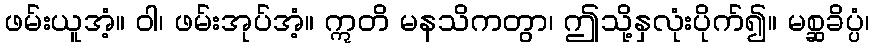
ဖမ်းယူအံ့။ ဝါ၊ ဖမ်းအုပ်အံ့။ ဣတိ မနသိကတွာ၊ ဤသို့နှလုံးပိုက်၍။ မစ္ဆခိပ္ပံ၊